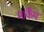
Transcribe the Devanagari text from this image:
मार्कैंम